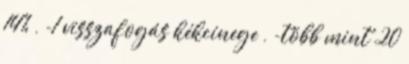
14% , -1 visszafogás kékcinege , -több mint 20